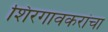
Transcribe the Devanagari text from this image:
शिरगावकरांचा